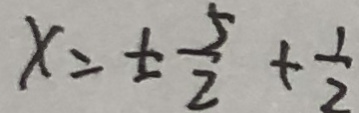
x = \pm \frac { 5 } { 2 } + \frac { 1 } { 2 }